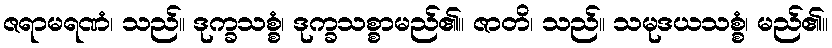
ဇရာမရဏံ၊ သည်။ ဒုက္ခသစ္စံ၊ ဒုက္ခသစ္စာမည်၏။ ဇာတိ၊ သည်။ သမုဒယသစ္စံ၊ မည်၏။